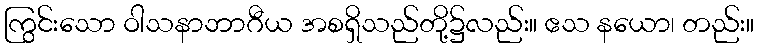
ကြွင်းသော ဝါသနာဘာဂီယ အစရှိသည်တို့၌လည်း။ ဧသ နယော၊ တည်း။